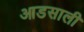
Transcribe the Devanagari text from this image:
आडसाली